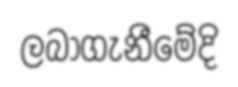
ලබාගැනීමේදි